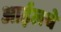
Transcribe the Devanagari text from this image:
आईलचे